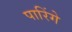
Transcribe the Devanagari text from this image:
पारिंगे